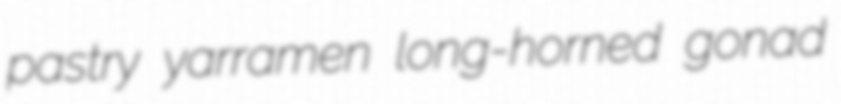
pastry yarramen long-horned gonad